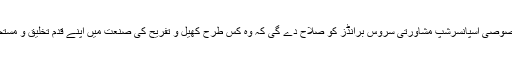
اس کی آزاد اور خصوصی اسپانسرشپ مشاورتی سروس برانڈز کو صلاح دے گی کہ وہ کس طرح کھیل و تفریح کی صنعت میں اپنے قدم تخلیق و مستحکم کر سکتے ہیں۔